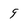
Character: 9